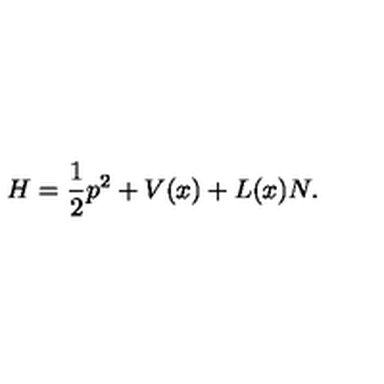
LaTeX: H = \frac 1 2 p ^ { 2 } + V ( x ) + L ( x ) N .